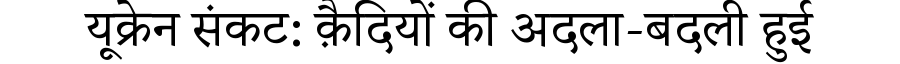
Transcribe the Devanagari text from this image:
यूक्रेन संकट: क़ैदियों की अदला-बदली हुई